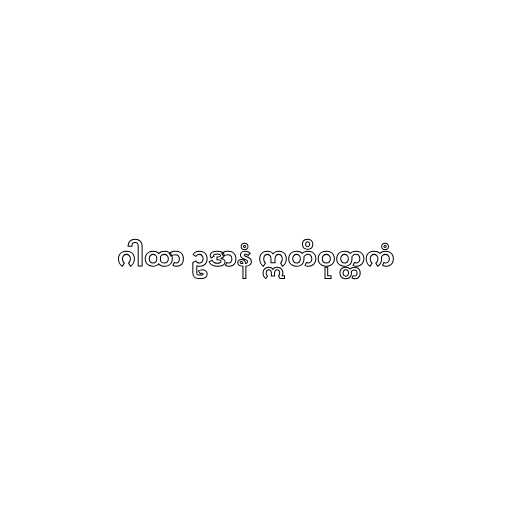
ဂါထာ ဥဒာနံ ဣတိဝုတ္တကံ